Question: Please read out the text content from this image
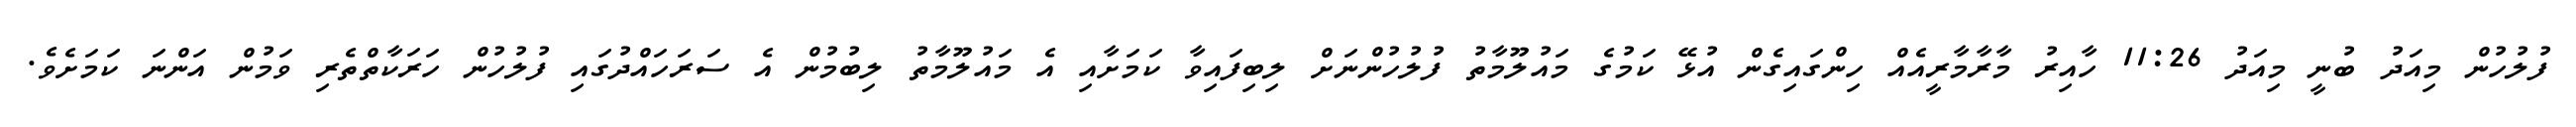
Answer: ފުލުހުން މިއަދު ބުނީ މިއަދު 11:26 ހާއިރު މާރާމާރީއެއް ހިންގައިގެން އުޅޭ ކަމުގެ މައުލޫމާތު ފުލުހުންނަށް ލިބިފައިވާ ކަމަށާއި އެ މައުލޫމާތު ލިބުމުން އެ ސަރަހައްދުގައި ފުލުހުން ހަރަކާތްތެރި ވަމުން އަންނަ ކަމަށެވެ.